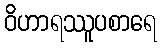
ဝိဟာရဿူပစာရေ